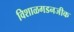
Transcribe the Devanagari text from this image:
विशाळगडनजीक